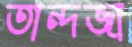
তান্দজা